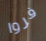
فروا